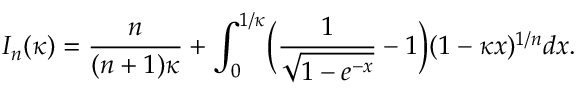
{ \cal I } _ { n } ( \kappa ) = { \frac { n } { ( n + 1 ) \kappa } } + \int _ { 0 } ^ { 1 / \kappa } \Bigl ( { \frac { \displaystyle 1 } { \displaystyle \sqrt { 1 - e ^ { - x } } } } - 1 \Bigr ) ( 1 - \kappa x ) ^ { 1 / n } d x .